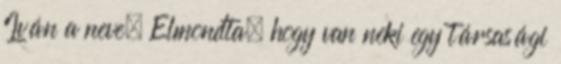
Iván a neve. Elmondta, hogy van neki egy társasági